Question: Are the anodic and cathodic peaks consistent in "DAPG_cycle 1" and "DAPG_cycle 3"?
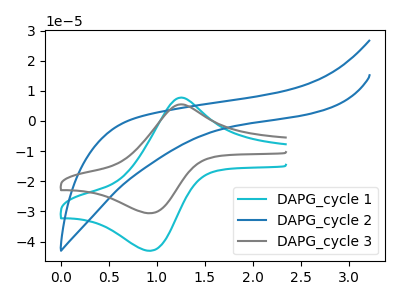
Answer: <think>The cyan curve "DAPG_cycle 1" has an anodic peak at (1.25V, 7.60uA) and a cathodic peak at (0.95V, -43.05uA). The blue curve "DAPG_cycle 2" has no peaks. The gray curve "DAPG_cycle 3" has an anodic peak at (1.25V, 5.40uA) and a cathodic peak at (0.95V, -30.60uA).</think>
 <answer>Yes, "DAPG_cycle 1" have a peak in "DAPG_cycle 3" at the same potential.</answer>
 <eval>match</eval>